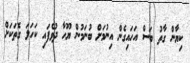
ކިޔާން ގާތު ބަސް އަހައިގެން އިނުމަށް ބުނަމުން ޔޫހާ ދުވެފައި ކަހަލަ ގޮތަކަށް